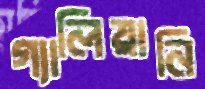
গ্যালিয়ানি